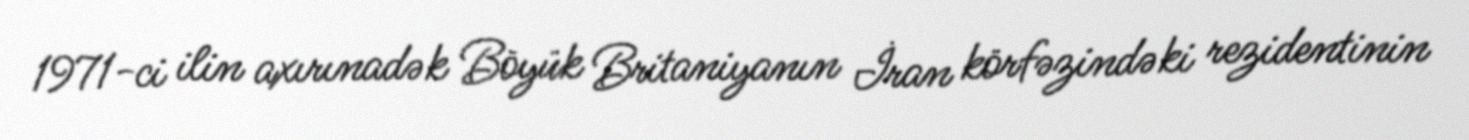
1971-ci ilin axırınadək Böyük Britaniyanın İran körfəzindəki rezidentinin